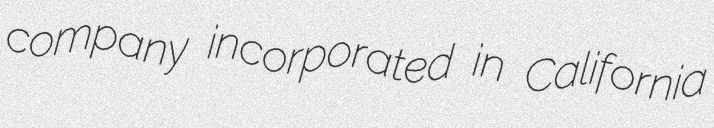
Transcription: company incorporated in California